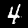
Label: 4